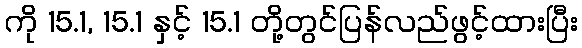
ကို 15.1, 15.1 နှင့် 15.1 တို့တွင်ပြန်လည်ဖွင့်ထားပြီး